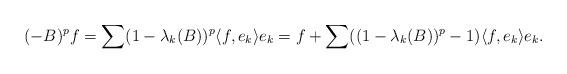
LaTeX: \begin{align*}&( -B)^pf=\sum(1-\lambda_k(B))^p\langle f,e_k\rangle e_k=f+\sum((1-\lambda_k(B))^p-1)\langle f,e_k\rangle e_k.\end{align*}